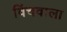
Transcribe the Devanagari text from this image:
विंचवाला